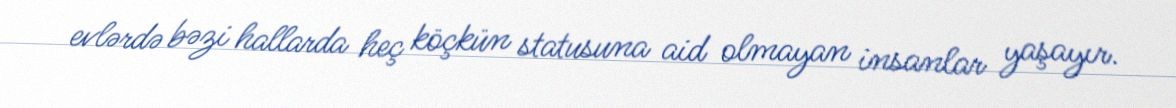
evlərdə bəzi hallarda heç köçkün statusuna aid olmayan insanlar yaşayır.